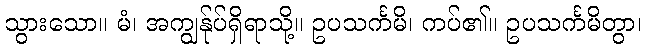
သွားသော။ မံ၊ အကျွန်ုပ်ရှိရာသို့။ ဥပသင်္ကမိ၊ ကပ်၏။ ဥပသင်္ကမိတွာ၊